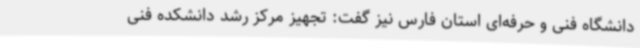
دانشگاه فنی و حرفه‌ای استان فارس نیز گفت: تجهیز مرکز رشد دانشکده فنی